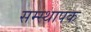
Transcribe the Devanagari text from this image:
सम्स्थापक